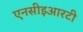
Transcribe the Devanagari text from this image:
एनसीइआरटी